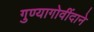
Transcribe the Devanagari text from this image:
गुण्यागोवींदाने